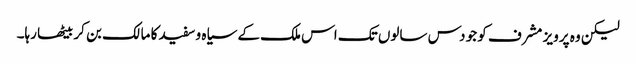
لیکن وہ پرویز مشرف کو جو دس سالوں تک اس ملک کے سیاہ و سفید کا مالک بن کر بیٹھا رہا۔